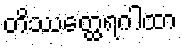
တိဿတ္ထေရဂါထာ